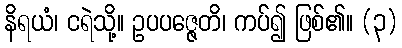
နိရယံ၊ ငရဲသို့။ ဥပပဇ္ဇေတိ၊ ကပ်၍ ဖြစ်၏။ (၃)